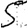
Digit: 5